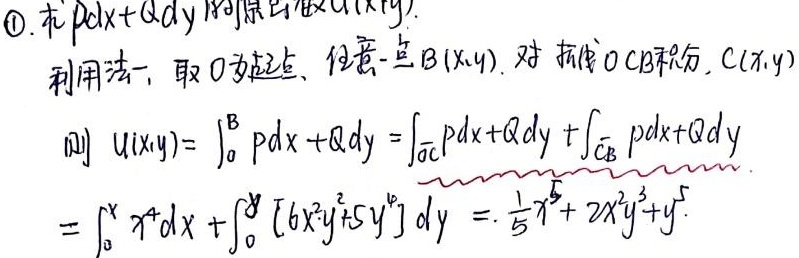
\textcircled{1}. 求 \(Pdx + Qdy\) 的原函数 \(u(x,y)\).
利用法一，取 \(O\) 为起点、任意一点 \(B(x,y)\). 对折线段 \(OCB\) 积分，\(C(x,0)\)
\[
\begin{align*}
则u(x,y)&=\int_{O}^{B}Pdx + Qdy=\int_{\overline{OC}}Pdx + Qdy+\int_{\overline{CB}}Pdx + Qdy\\
&=\int_{0}^{x} x^{4}dx+\int_{0}^{y} [6x^{2}y^{2}+5y^{4}]dy=\frac{1}{5}x^{5}+2x^{2}y^{3}+y^{5}
\end{align*}
\]